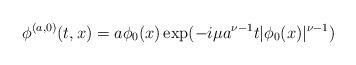
LaTeX: \begin{align*}\phi^{(a,0)}(t,x)= a\phi_0(x) \exp (-i\mu a^{\nu-1} t|\phi_0(x)|^{\nu-1}) \end{align*}